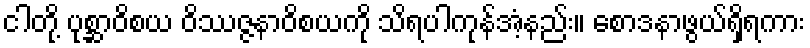
ငါတို့ ပုစ္ဆာဝိစယ ဝိဿဇ္ဇနာဝိစယကို သိရပါကုန်အံ့နည်း။ စောဒနာဖွယ်ရှိရကား